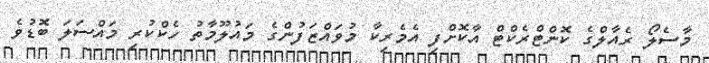
މާސެލޯ ރެއާލްގެ ކޮންޓްރެކްޓް އާކޮށްފި އެމެރިކާ މުވައްޒަފުންގެ މައުލޫމާތު ހެކްކުރި މައްސަލަ ބޮޑުވެ